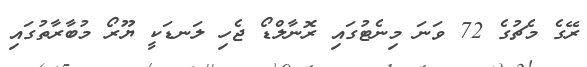
ރޭގެ މެޗުގެ 72 ވަނަ މިނެޓުގައި ރޮނާލްޑޯ ޖެހި ލަނޑަކީ ޔޫރޯ މުބާރާތުގައި